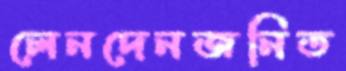
লেনদেনজনিত